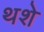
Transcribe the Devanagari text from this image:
थशे